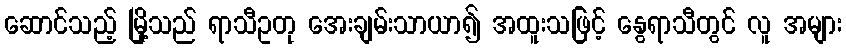
ဆောင်သည့် မြို့သည် ရာသီဥတု အေးချမ်းသာယာ၍ အထူးသဖြင့် နွေရာသီတွင် လူ အများ